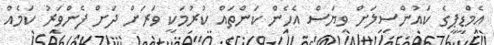
އެމްޑީޕީގެ ކައުންސިލަށް ވިޔަސް އެހެން ކަންތައް ކުރުމަކީ ވަރަށް ދަށް ފެންވަރު ކަމެއް